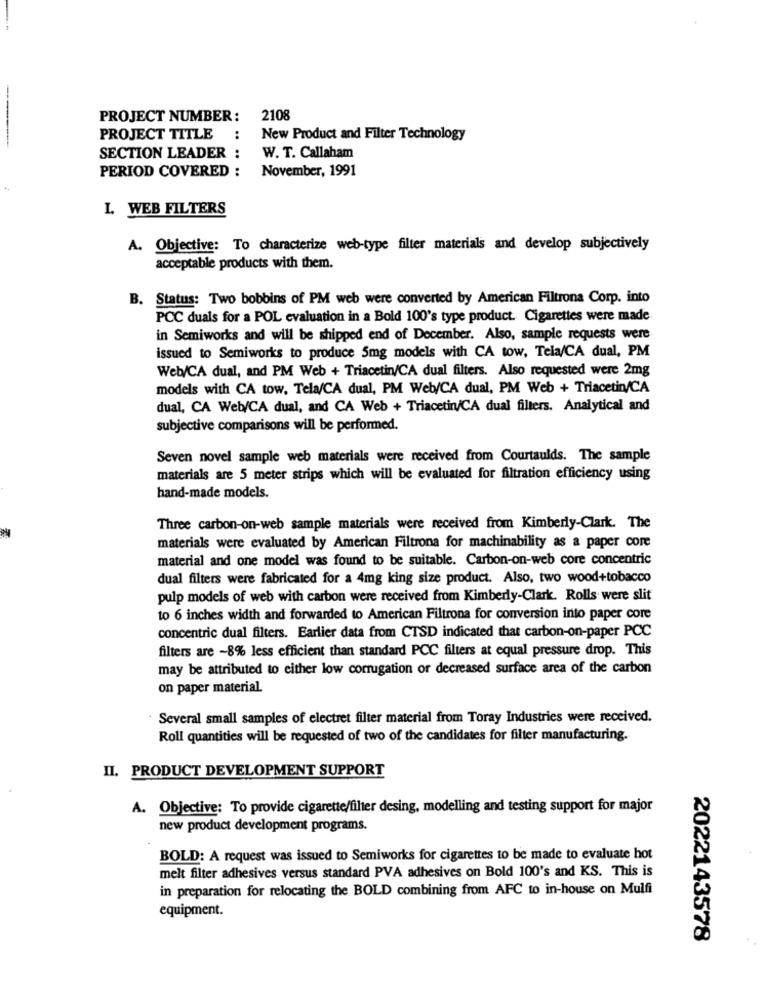
PROJECT NUMBER :
2108
PROJECT TITLE
:
New Product and Filter Technology
-------
SECTION LEADER :
W. T. Callaham
PERIOD COVERED :
November, 1991
I. WEB FILTERS
A. Objective: To characterize web-type filter materials and develop subjectively
acceptable products with them.
B. Status: Two bobbins of PM web were converted by American Filtrona Corp. into
PCC duals for a POL evaluation in a Bold 100's type product. Cigarettes were made
in Semiworks and will be shipped end of December. Also, sample requests were
issued to Semiworks to produce 5mg models with CA tow, Tela/CA dual, PM
Web/CA dual, and PM Web + Triacetin/CA dual filters. Also requested were 2mg
models with CA tow, Tela/CA dual, PM Web/CA dual, PM Web + Triacetin/CA
dual, CA Web/CA dual, and CA Web + Triacetin/CA dual filters. Analytical and
subjective comparisons will be performed.
Seven novel sample web materials were received from Courtaulds. The sample
materials are 5 meter strips which will be evaluated for filtration efficiency using
hand-made models.
Three carbon-on-web sample materials were received from Kimberly-Clark. The
materials were evaluated by American Filtrona for machinability as a paper core
material and one model was found to be suitable. Carbon-on-web core concentric
dual filters were fabricated for a 4mg king size product. Also, two wood+tobacco
pulp models of web with carbon were received from Kimberly-Clark. Rolls were slit
to 6 inches width and forwarded to American Filtrona for conversion into paper core
concentric dual filters. Earlier data from CTSD indicated that carbon-on-paper PCC
filters are -8% less efficient than standard PCC filters at equal pressure drop. This
may be attributed to either low corrugation or decreased surface area of the carbon
on paper material.
Several small samples of electret filter material from Toray Industries were received.
Roll quantities will be requested of two of the candidates for filter manufacturing.
II. PRODUCT DEVELOPMENT SUPPORT
A. Objective: To provide cigarette/filter desing, modelling and testing support for major
new product development programs.
BOLD: A request was issued to Semiworks for cigarettes to be made to evaluate hot
melt filter adhesives versus standard PVA adhesives on Bold 100's and KS. This is
in preparation for relocating the BOLD combining from AFC to in-house on Mulfi
equipment.
2022143578